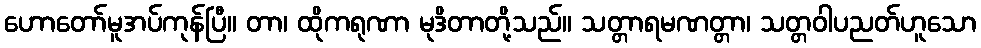
ဟောတော်မူအပ်ကုန်ပြီ။ တာ၊ ထိုကရုဏာ မုဒိတာတို့သည်။ သတ္တာရမဏတ္တာ၊ သတ္တဝါပညတ်ဟူသော